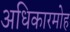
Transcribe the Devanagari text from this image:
अधिकारमोह